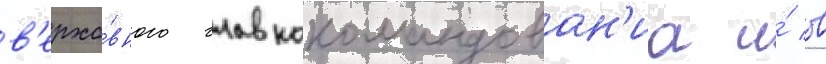
в'ерхо́вного главнокомандован'иа и́ в